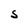
Character: S